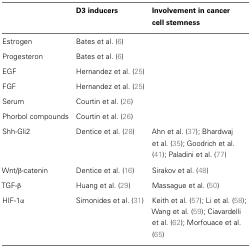
<table><thead><tr><td></td><td><b>D3 inducers</b></td><td><b>Involvement in cancer cell stemness</b></td></tr></thead><tbody><tr><td>Estrogen</td><td>Bates et al. (6)</td><td></td></tr><tr><td>Progesteron</td><td>Bates et al. (6)</td><td></td></tr><tr><td>EGF</td><td>Hernandez et al. (25)</td><td></td></tr><tr><td>FGF</td><td>Hernandez et al. (25)</td><td></td></tr><tr><td>Serum</td><td>Courtin et al. (26)</td><td></td></tr><tr><td>Phorbol compounds</td><td>Courtin et al. (26)</td><td></td></tr><tr><td>Shh-Gli2</td><td>Dentice et al. (28)</td><td>Ahn et al. (37); Bhardwaj et al. (35); Goodrich et al. (41); Paladini et al. (77)</td></tr><tr><td>Wnt/β-catenin</td><td>Dentice et al. (16)</td><td>Sirakov et al. (48)</td></tr><tr><td>TGF-β</td><td>Huang et al. (29)</td><td>Massague et al. (50)</td></tr><tr><td>HIF-1α</td><td>Simonides et al. (31)</td><td>Keith et al. (57); Li et al. (58); Wang et al. (59); Ciavardelli et al. (62); Morfouace et al. (65)</td></tr></tbody></table>